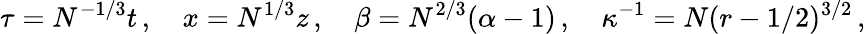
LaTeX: \tau=N^{-1/3}t\, ,\quad x=N^{1/3}z\, ,\quad\beta=N^{2/3}(\alpha-1)\, ,\quad\kappa^{-1}=N(r-1/2)^{3/2}\, ,